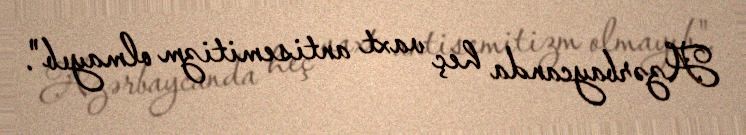
Azərbaycanda heç vaxt antisemitizm olmayıb".